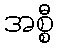
အစ္စီ